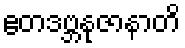
ဧတဒဗ္ဘနုဇာနာတိ